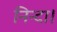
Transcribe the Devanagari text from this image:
निन्दा।